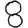
Digit: 8